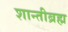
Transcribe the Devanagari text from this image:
शान्तीब्रह्म